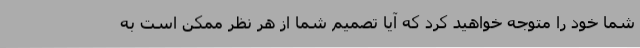
شما خود را متوجه خواهید کرد که آیا تصمیم شما از هر نظر ممکن است به